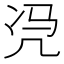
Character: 𮰉